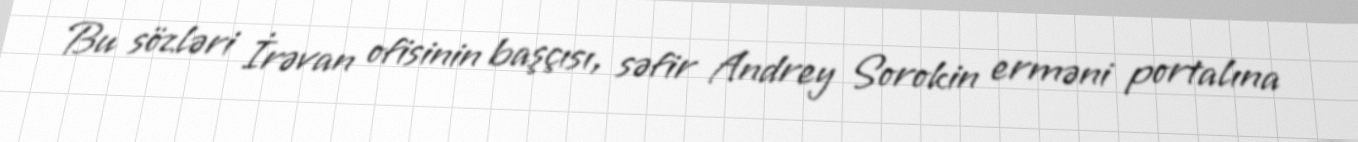
Bu sözləri İrəvan ofisinin başçısı, səfir Andrey Sorokin erməni portalına